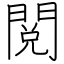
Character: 閲